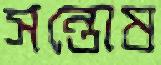
সন্তোষ